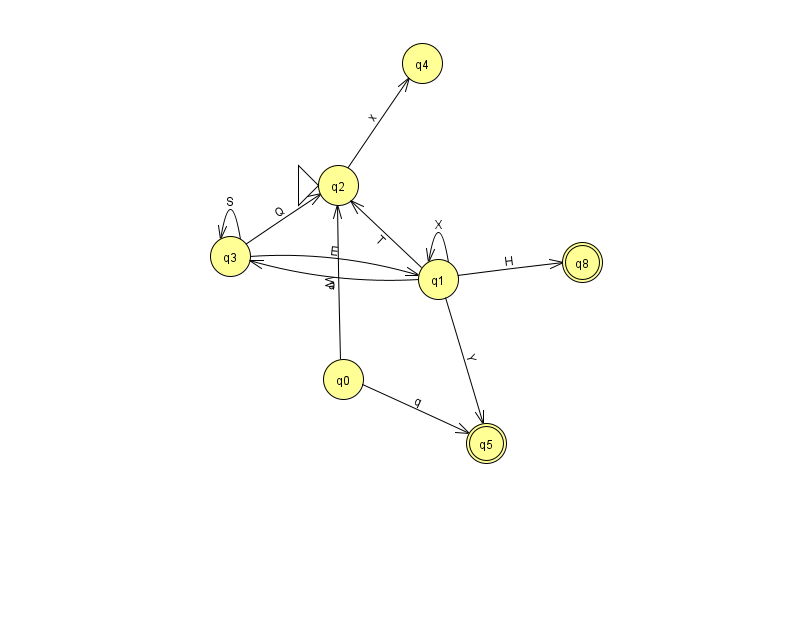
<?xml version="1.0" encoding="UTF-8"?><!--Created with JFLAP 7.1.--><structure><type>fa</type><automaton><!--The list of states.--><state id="0" name="q0"><x>343.0</x><y>366.0</y></state><state id="1" name="q1"><x>438.0</x><y>266.0</y></state><state id="2" name="q2"><x>338.0</x><y>172.0</y><initial/></state><state id="3" name="q3"><x>230.0</x><y>243.0</y></state><state id="4" name="q4"><x>422.0</x><y>50.0</y></state><state id="5" name="q5"><x>486.0</x><y>430.0</y><final/></state><state id="8" name="q8"><x>582.0</x><y>249.0</y><final/></state><!--The list of transitions.--><transition><from>1</from><to>3</to><read>a</read></transition><transition><from>2</from><to>4</to><read>x</read></transition><transition><from>3</from><to>2</to><read>Q</read></transition><transition><from>3</from><to>3</to><read>S</read></transition><transition><from>3</from><to>1</to><read>E</read></transition><transition><from>1</from><to>8</to><read>H</read></transition><transition><from>1</from><to>2</to><read>T</read></transition><transition><from>0</from><to>5</to><read>q</read></transition><transition><from>1</from><to>1</to><read>X</read></transition><transition><from>0</from><to>2</to><read>W</read></transition><transition><from>1</from><to>5</to><read>Y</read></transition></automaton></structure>